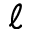
\ensuremath { \ell }